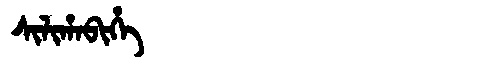
Manchu: ᠰᡳᠯᡳᡥᠠᠪᡳᡥᡝ
Romanization: SILIHABIHE